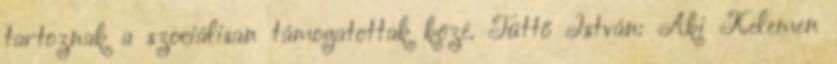
tartoznak a szociálisan támogatottak közé. Tüttő István: Aki Kelemen